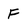
Character: F